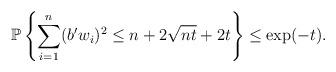
LaTeX: \begin{align*}\mathbb{P}\left\{ \sum_{i=1}^{n} (b'w_i)^2 \le n+2\sqrt{nt}+2t \right\} \le \exp(-t).\end{align*}